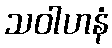
သဝါဟနံ